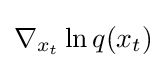
\nabla _{x_{t}}\ln q(x_{t})